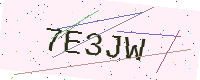
Text: 7E3JW